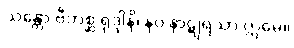
သန္တော ဗီဘစ္ဆ ရုဒ္ဒါနိ၊ နဝ နာဋျရသာ ဣမေ။